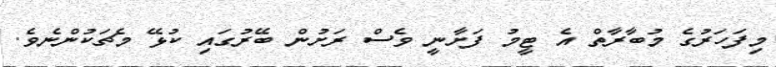
މިފަހަރުގެ މުބާރާތް އެ ޓީމު ފަށާނީ ވެސް ރަށުން ބޭރުގައި ކުޅޭ މެޗަކުންނެވެ.